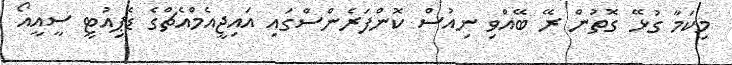
މިކަމާ ގުޅޭ ގޮތުން ރޭ ބޭއްވި ނިއުސް ކޮންފަރެންސްގައި އައިޖީއެމްއެޗްގެ ޑެޕިއުޓީ ސީއީއޯ